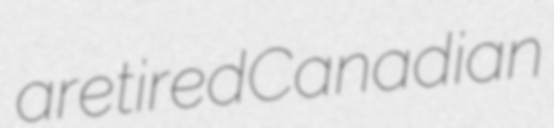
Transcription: a retired Canadian